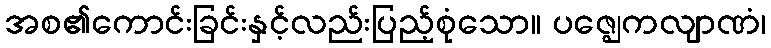
အစ၏ကောင်းခြင်းနှင့်လည်းပြည့်စုံသော။ ပဇ္ဈေကလျာဏံ၊